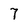
Character: 7